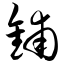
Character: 铺